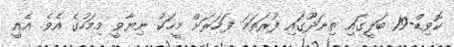
ކޮވިޑް-19 ބަލީގައި ތިނަދޫގައި ފުރަތަމަ ފަހަރަށް މީހަކު ނިޔާވީ މިމަހުގެ އެވެ. އެއީ